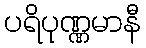
ပရိပုဏ္ဏမာနီ